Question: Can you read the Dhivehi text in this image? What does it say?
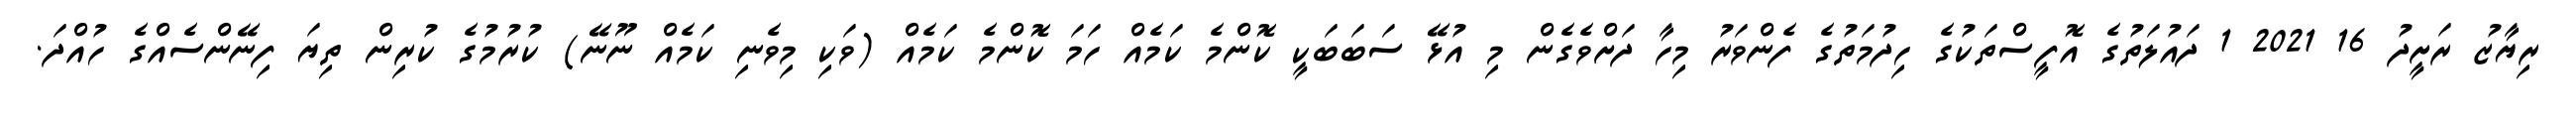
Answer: ރިޔާޒު ރަށީދު 16 2021 1 ދައުލަތުގެ އޮފީސްތަކުގެ ހިދުމަތުގެ ފެންވަރު މިހާ ދަށްވެގެން މި އުޅޭ ސަބަބަކީ ކޮންމެ ކަމެއް ހަމަ ކޮންމެ ކަމެއް (ވަކި މިވެނި ކަމެއް ނޫނޭ) ކުރުމުގެ ކުރިން ތިޔަ ފިނޭންސެއްގެ ހުއްދަ.